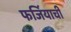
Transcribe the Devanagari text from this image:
फर्जियाची